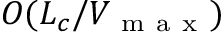
O ( L _ { c } / V _ { \mathrm { ~ m ~ a ~ x ~ } } )